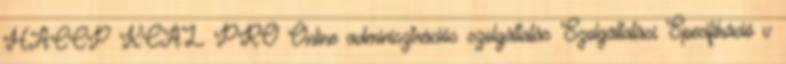
HACCP KCAL PRO Online adminisztrációs szolgáltatás Szolgáltatási Specifikáció v